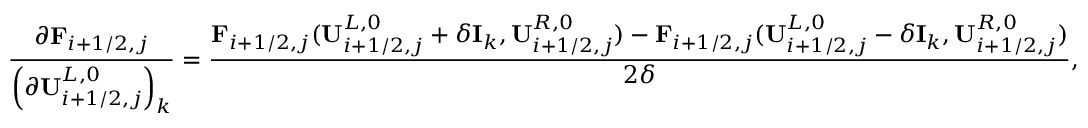
\frac { \partial \mathbf { F } _ { i + 1 / 2 , j } } { \left( \partial \mathbf { U } _ { i + 1 / 2 , j } ^ { L , 0 } \right) _ { k } } = \frac { \mathbf { F } _ { i + 1 / 2 , j } ( \mathbf { U } _ { i + 1 / 2 , j } ^ { L , 0 } + \delta \mathbf { I } _ { k } , \mathbf { U } _ { i + 1 / 2 , j } ^ { R , 0 } ) - \mathbf { F } _ { i + 1 / 2 , j } ( \mathbf { U } _ { i + 1 / 2 , j } ^ { L , 0 } - \delta \mathbf { I } _ { k } , \mathbf { U } _ { i + 1 / 2 , j } ^ { R , 0 } ) } { 2 \delta } ,